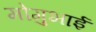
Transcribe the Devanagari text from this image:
मोगुभाई